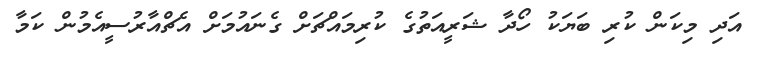
އަދި މިކަން ކުރި ބަޔަކު ހޯދާ ޝަރީއަތުގެ ކުރިމައްޗަށް ގެނައުމަށް އެޗްއާރުސީއެމުން ކަމާ